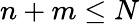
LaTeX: n+m\leq N